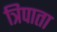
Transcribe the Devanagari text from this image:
त्रिपाता